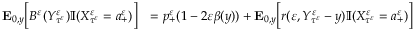
\begin{array} { r l } { \mathbf { E } _ { 0 , y } \Big [ B ^ { \varepsilon } ( Y _ { \tau ^ { \varepsilon } } ^ { \varepsilon } ) \mathbb { I } ( X _ { \tau ^ { \varepsilon } } ^ { \varepsilon } = a _ { + } ^ { \varepsilon } ) \Big ] } & { = p _ { + } ^ { \varepsilon } ( 1 - 2 \varepsilon \beta ( y ) ) + \mathbf { E } _ { 0 , y } \Big [ r ( \varepsilon , Y _ { \tau ^ { \varepsilon } } ^ { \varepsilon } - y ) \mathbb { I } ( X _ { \tau ^ { \varepsilon } } ^ { \varepsilon } = a _ { + } ^ { \varepsilon } ) \Big ] } \end{array}